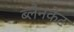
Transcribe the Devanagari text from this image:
ब्लैनकेट